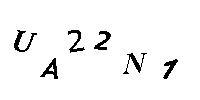
UA22N1